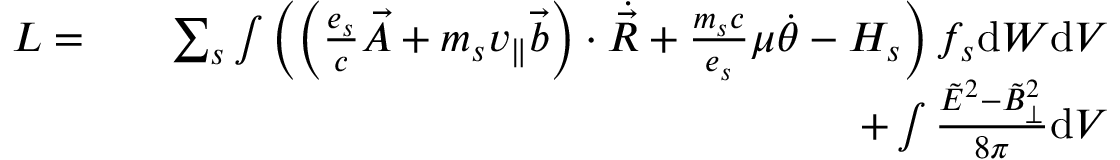
\begin{array} { r l r } { L = } & { } & { \sum _ { s } \int \left( \left( \frac { e _ { s } } { c } \Vec { A } + m _ { s } v _ { \parallel } \Vec { b } \right) \cdot \Dot { \Vec { R } } + \frac { m _ { s } c } { e _ { s } } \mu \Dot { \theta } - H _ { s } \right) f _ { s } \mathrm { d } W \mathrm { d } V } \\ & { } & { + \int \frac { \tilde { E } ^ { 2 } - \tilde { B } _ { \perp } ^ { 2 } } { 8 \pi } \mathrm { d } V } \end{array}